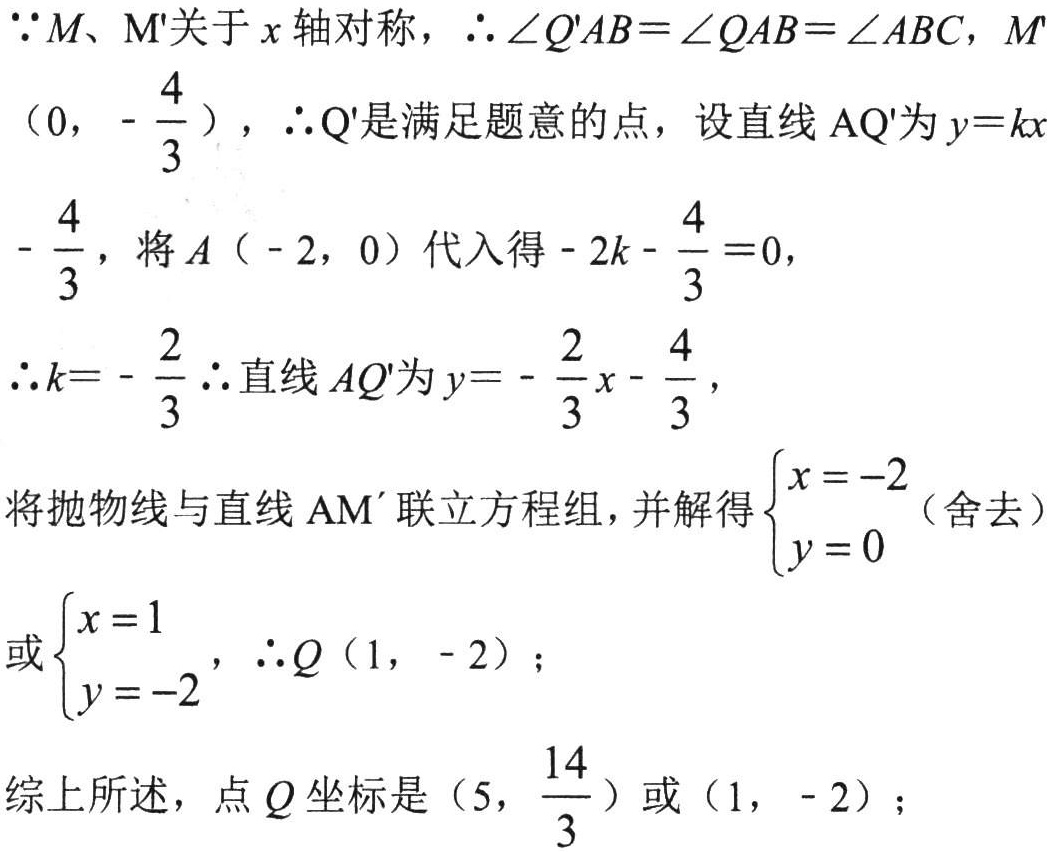
\(\because M、M'\)关于\(x\)轴对称，\(\therefore \angle Q'AB = \angle QAB=\angle ABC\)，\(M'\)
\((0, -\frac{4}{3})\)，\(\therefore Q'\)是满足题意的点，设直线\(AQ'\)为\(y = kx\)
\(-\frac{4}{3}\)，将\(A(-2, 0)\)代入得\(-2k - \frac{4}{3} = 0\)，
\(\therefore k = -\frac{2}{3}\therefore\)直线\(AQ'\)为\(y = -\frac{2}{3}x - \frac{4}{3}\)，
将抛物线与直线\(AM'\)联立方程组，并解得\(\begin{cases}x = -2 \\ y = 0 \end{cases}\)（舍去）
或\(\begin{cases}x = 1 \\ y = -2 \end{cases}\)，\(\therefore Q(1, -2)\)；
综上所述，点\(Q\)坐标是\((5, \frac{14}{3})\)或\((1, -2)\)；